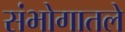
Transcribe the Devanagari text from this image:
संभोगातले